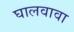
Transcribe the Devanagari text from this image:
घालवावा